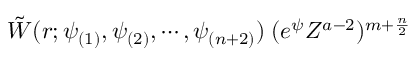
\tilde { W } ( r ; \psi _ { ( 1 ) } , \psi _ { ( 2 ) } , \cdots , \psi _ { ( n + 2 ) } ) \; ( e ^ { \psi } Z ^ { a - 2 } ) ^ { m + \frac { n } { 2 } } \;